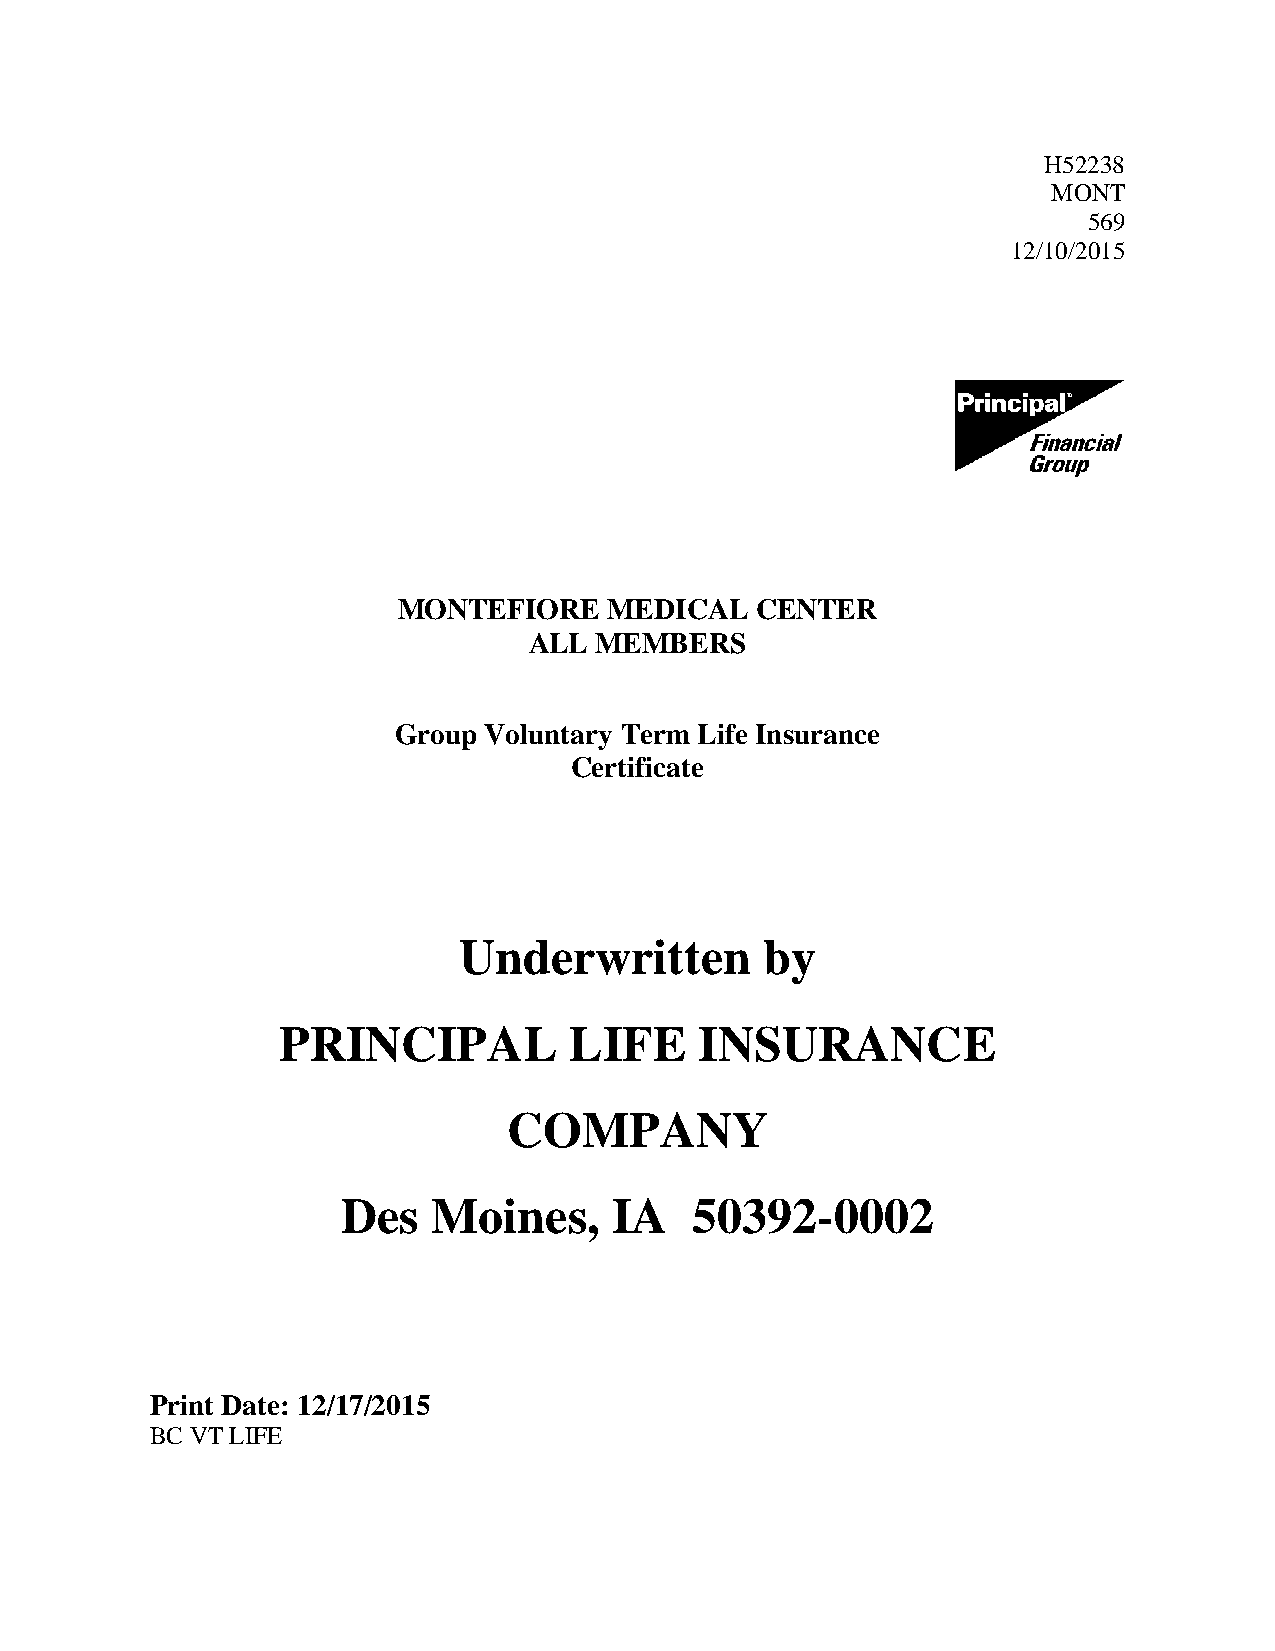
H52238
 MONT
 569
 12/10/2015
 MONTEFIORE    MEDICAL   CENTER
 ALL MEMBERS
 Group Voluntary Term Life Insurance
 Certificate
 Underwritten         by
 PRINCIPAL           LIFE    INSURANCE
 COMPANY
 Des   Moines,     IA   50392-0002
 Print Date: 12/17/2015
 BC VT LIFE